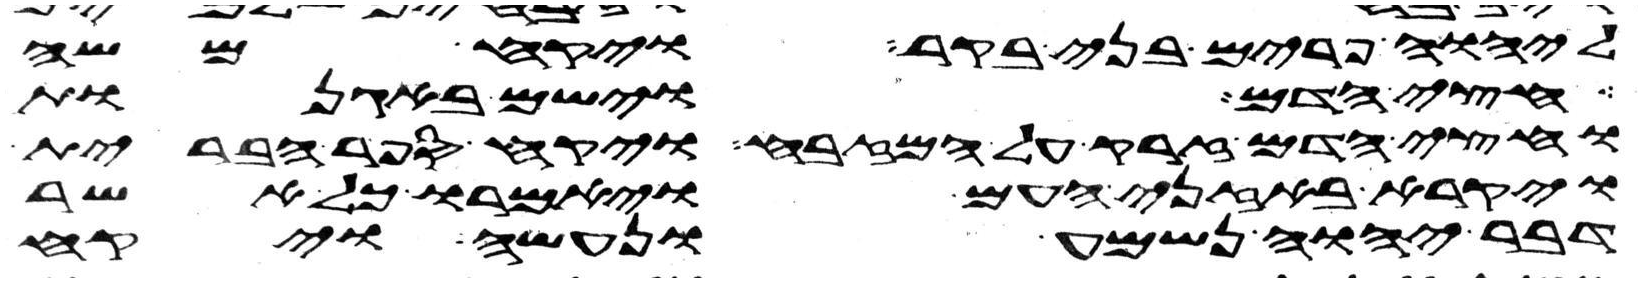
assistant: ליהוה פרים בני בקר ויקח משה
חצי הדם וישם באגנות
וחצי הדם זרק על המזבח ויקח ספר הברית
ויקרא באזני העם ויאמרו כל אשר
דבר יהוה נשמע ונעשה ויקח